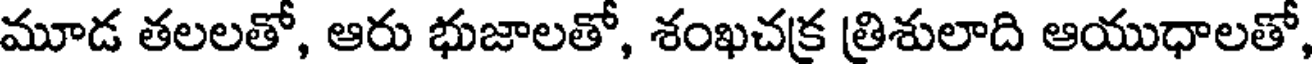
మూడ తలలతో, ఆరు భుజాలతో, శంఖచక్ర త్రిశులాది ఆయుధాలతో,